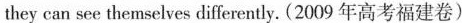
they can see themselves differently. (2009 年高考福建卷)